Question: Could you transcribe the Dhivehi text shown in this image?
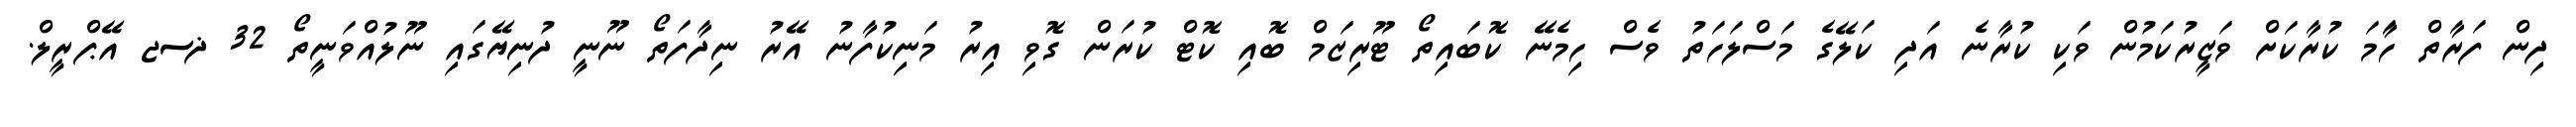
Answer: ދިން ފަރާތް ހަާމަ ކުރާކަށް ވަޒީރުކަމުން ވަކި ކުރާނެ އަދި ކަލޭގެ މަސްލަހަތު ވެސް ހިމެނޭ ކޮބައިތޯ ޓޫރިޒަމް ބޮއި ކޮޓް ކުރަން ގޮވި އިރު މަނިކުފާނު އޭރު ނިދާފަތޯ ނޫނީ ދުނިޔޭގައި ނޫލުއްވަނީތޯ 32 ޛސޖ އޭޕްރީލް.